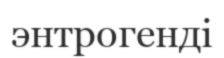
энтрогенді